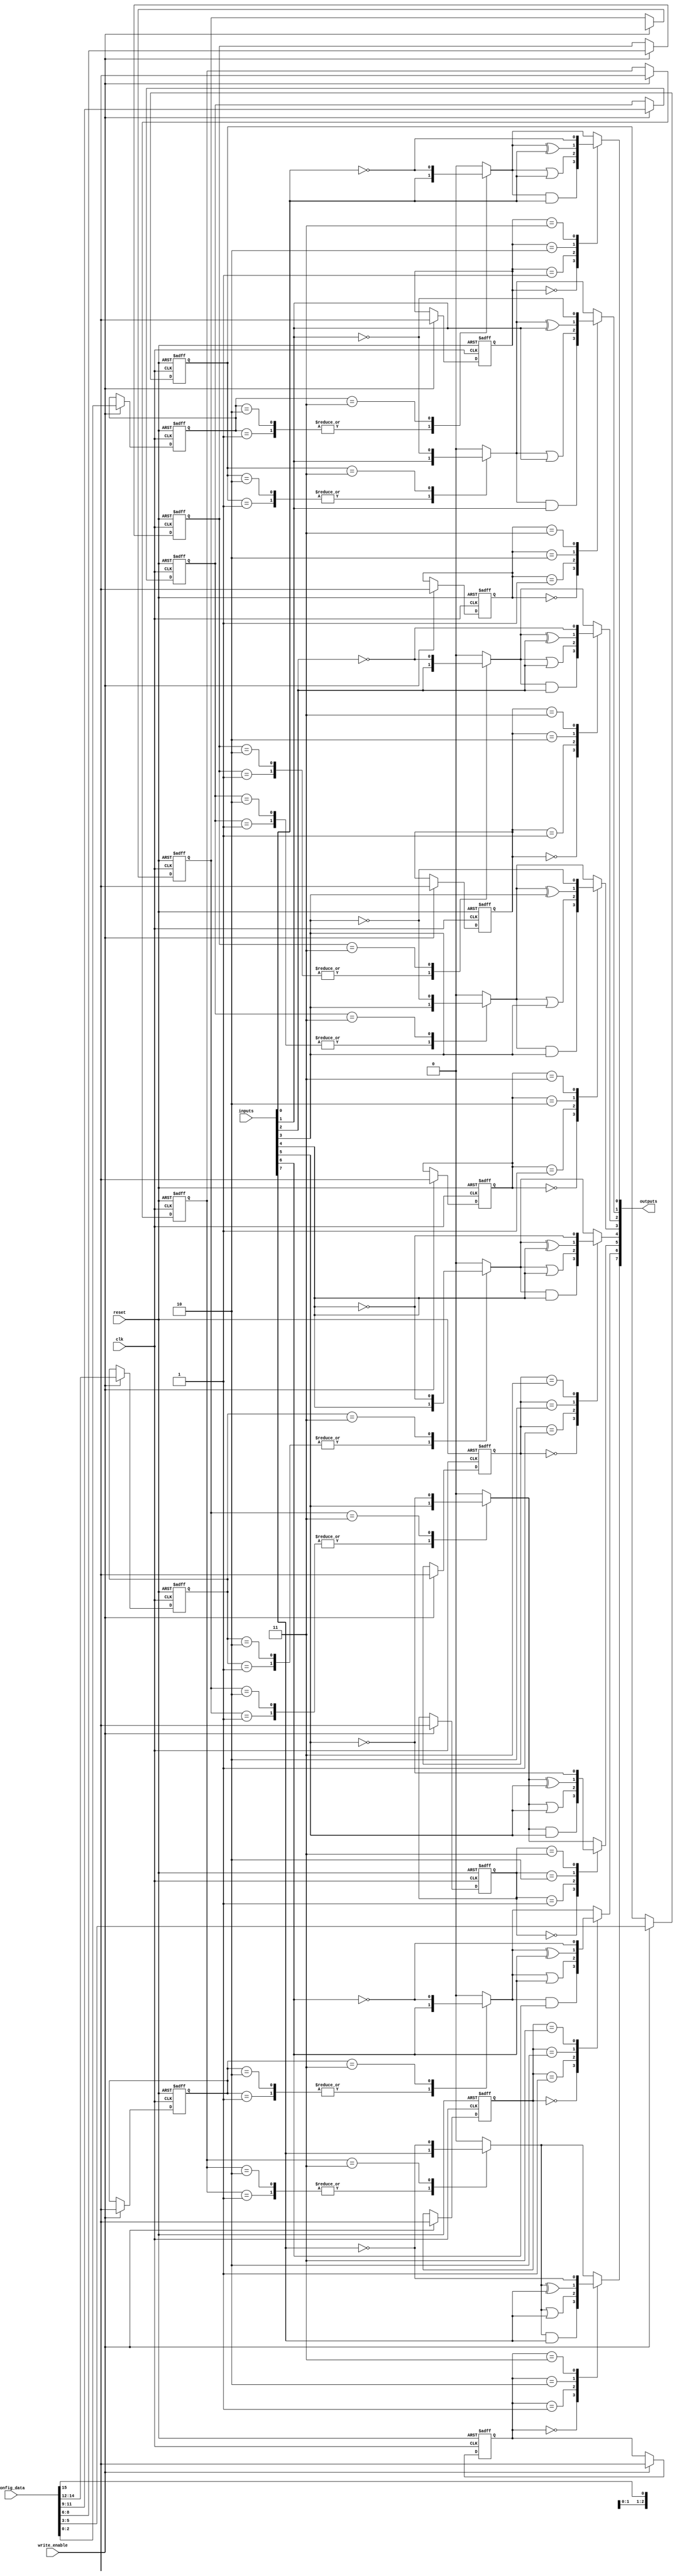
module combinational_logic_block #(
    parameter WIDTH = 8,  // Width of the input and output signals
    parameter SRAM_SIZE = 16 // Size of the SRAM for configuration; 16-bit width for this example
)(
    input wire clk,
    input wire reset,
    input wire [WIDTH-1:0] inputs,
    input wire [SRAM_SIZE-1:0] config_data, // Configuration data for logic
    input wire write_enable, // Enable writing to SRAM
    output reg [WIDTH-1:0] outputs // Output of the combinational logic
);

// SRAM Storage for configuration bits
reg [SRAM_SIZE-1:0] sram;

// Logic gate selection
localparam AND_GATE  = 3'b000;
localparam OR_GATE   = 3'b001;
localparam XOR_GATE  = 3'b010;
localparam NOT_GATE  = 3'b011;

// Logic operation control
reg [2:0] logic_operation [SRAM_SIZE-1:0]; // Each SRAM cell holds the operation type
integer i;

// Write operation to SRAM
always @(posedge clk or posedge reset) begin
    if (reset) begin
        sram <= 0;
        for (i = 0; i < SRAM_SIZE; i = i + 1) begin
            logic_operation[i] <= AND_GATE; // Default operation
        end
    end else if (write_enable) begin
        sram <= config_data; // Write new configuration to SRAM
        for (i = 0; i < SRAM_SIZE; i = i + 1) begin
            logic_operation[i] <= config_data[i*3 +: 3]; // Assume each gate uses 3 bits
        end
    end
end

// Combinational Logic Operation
always @(*) begin
    outputs = 0; // Reset outputs
    for (i = 0; i < SRAM_SIZE; i = i + 1) begin
        case (logic_operation[i])
            AND_GATE: outputs[i % WIDTH] = outputs[i % WIDTH] & inputs[i % WIDTH];
            OR_GATE: outputs[i % WIDTH] = outputs[i % WIDTH] | inputs[i % WIDTH];
            XOR_GATE: outputs[i % WIDTH] = outputs[i % WIDTH] ^ inputs[i % WIDTH];
            NOT_GATE: outputs[i % WIDTH] = ~inputs[i % WIDTH];
            default: outputs[i % WIDTH] = outputs[i % WIDTH]; // No operation
        endcase
    end
end

endmodule